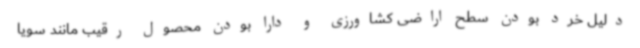
دلیل خرد بودن سطح اراضی کشاورزی و دارا بودن محصول رقیب مانند سویا